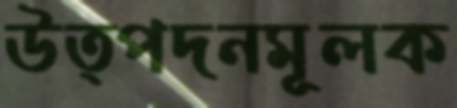
উত্পদনমূলক